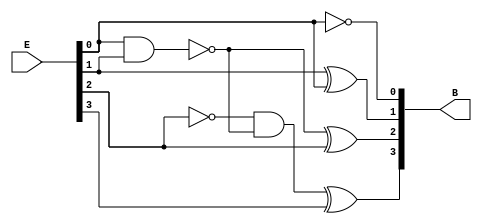
module excess_3_to_bcd(E, B);

	input [3:0]E;
	output [3:0]B;

	not not1(B[0], E[0]);

	xor xor1(B[1], E[1], E[0]);
	
	nand nand1(n1, E[0], E[1]);
	xor xor2(B[2], n1, E[2]);

	not not2(n2, E[2]);
	and and1(a1, n2, n1);
	xor xor3(B[3], a1, E[3]);

endmodule